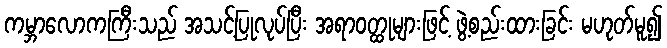
ကမ္ဘာလောကကြီးသည် အသင့်ပြုလုပ်ပြီး အရာဝတ္ထုများဖြင့် ဖွဲ့စည်းထားခြင်း မဟုတ်မူ၍